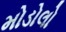
મોડોલો